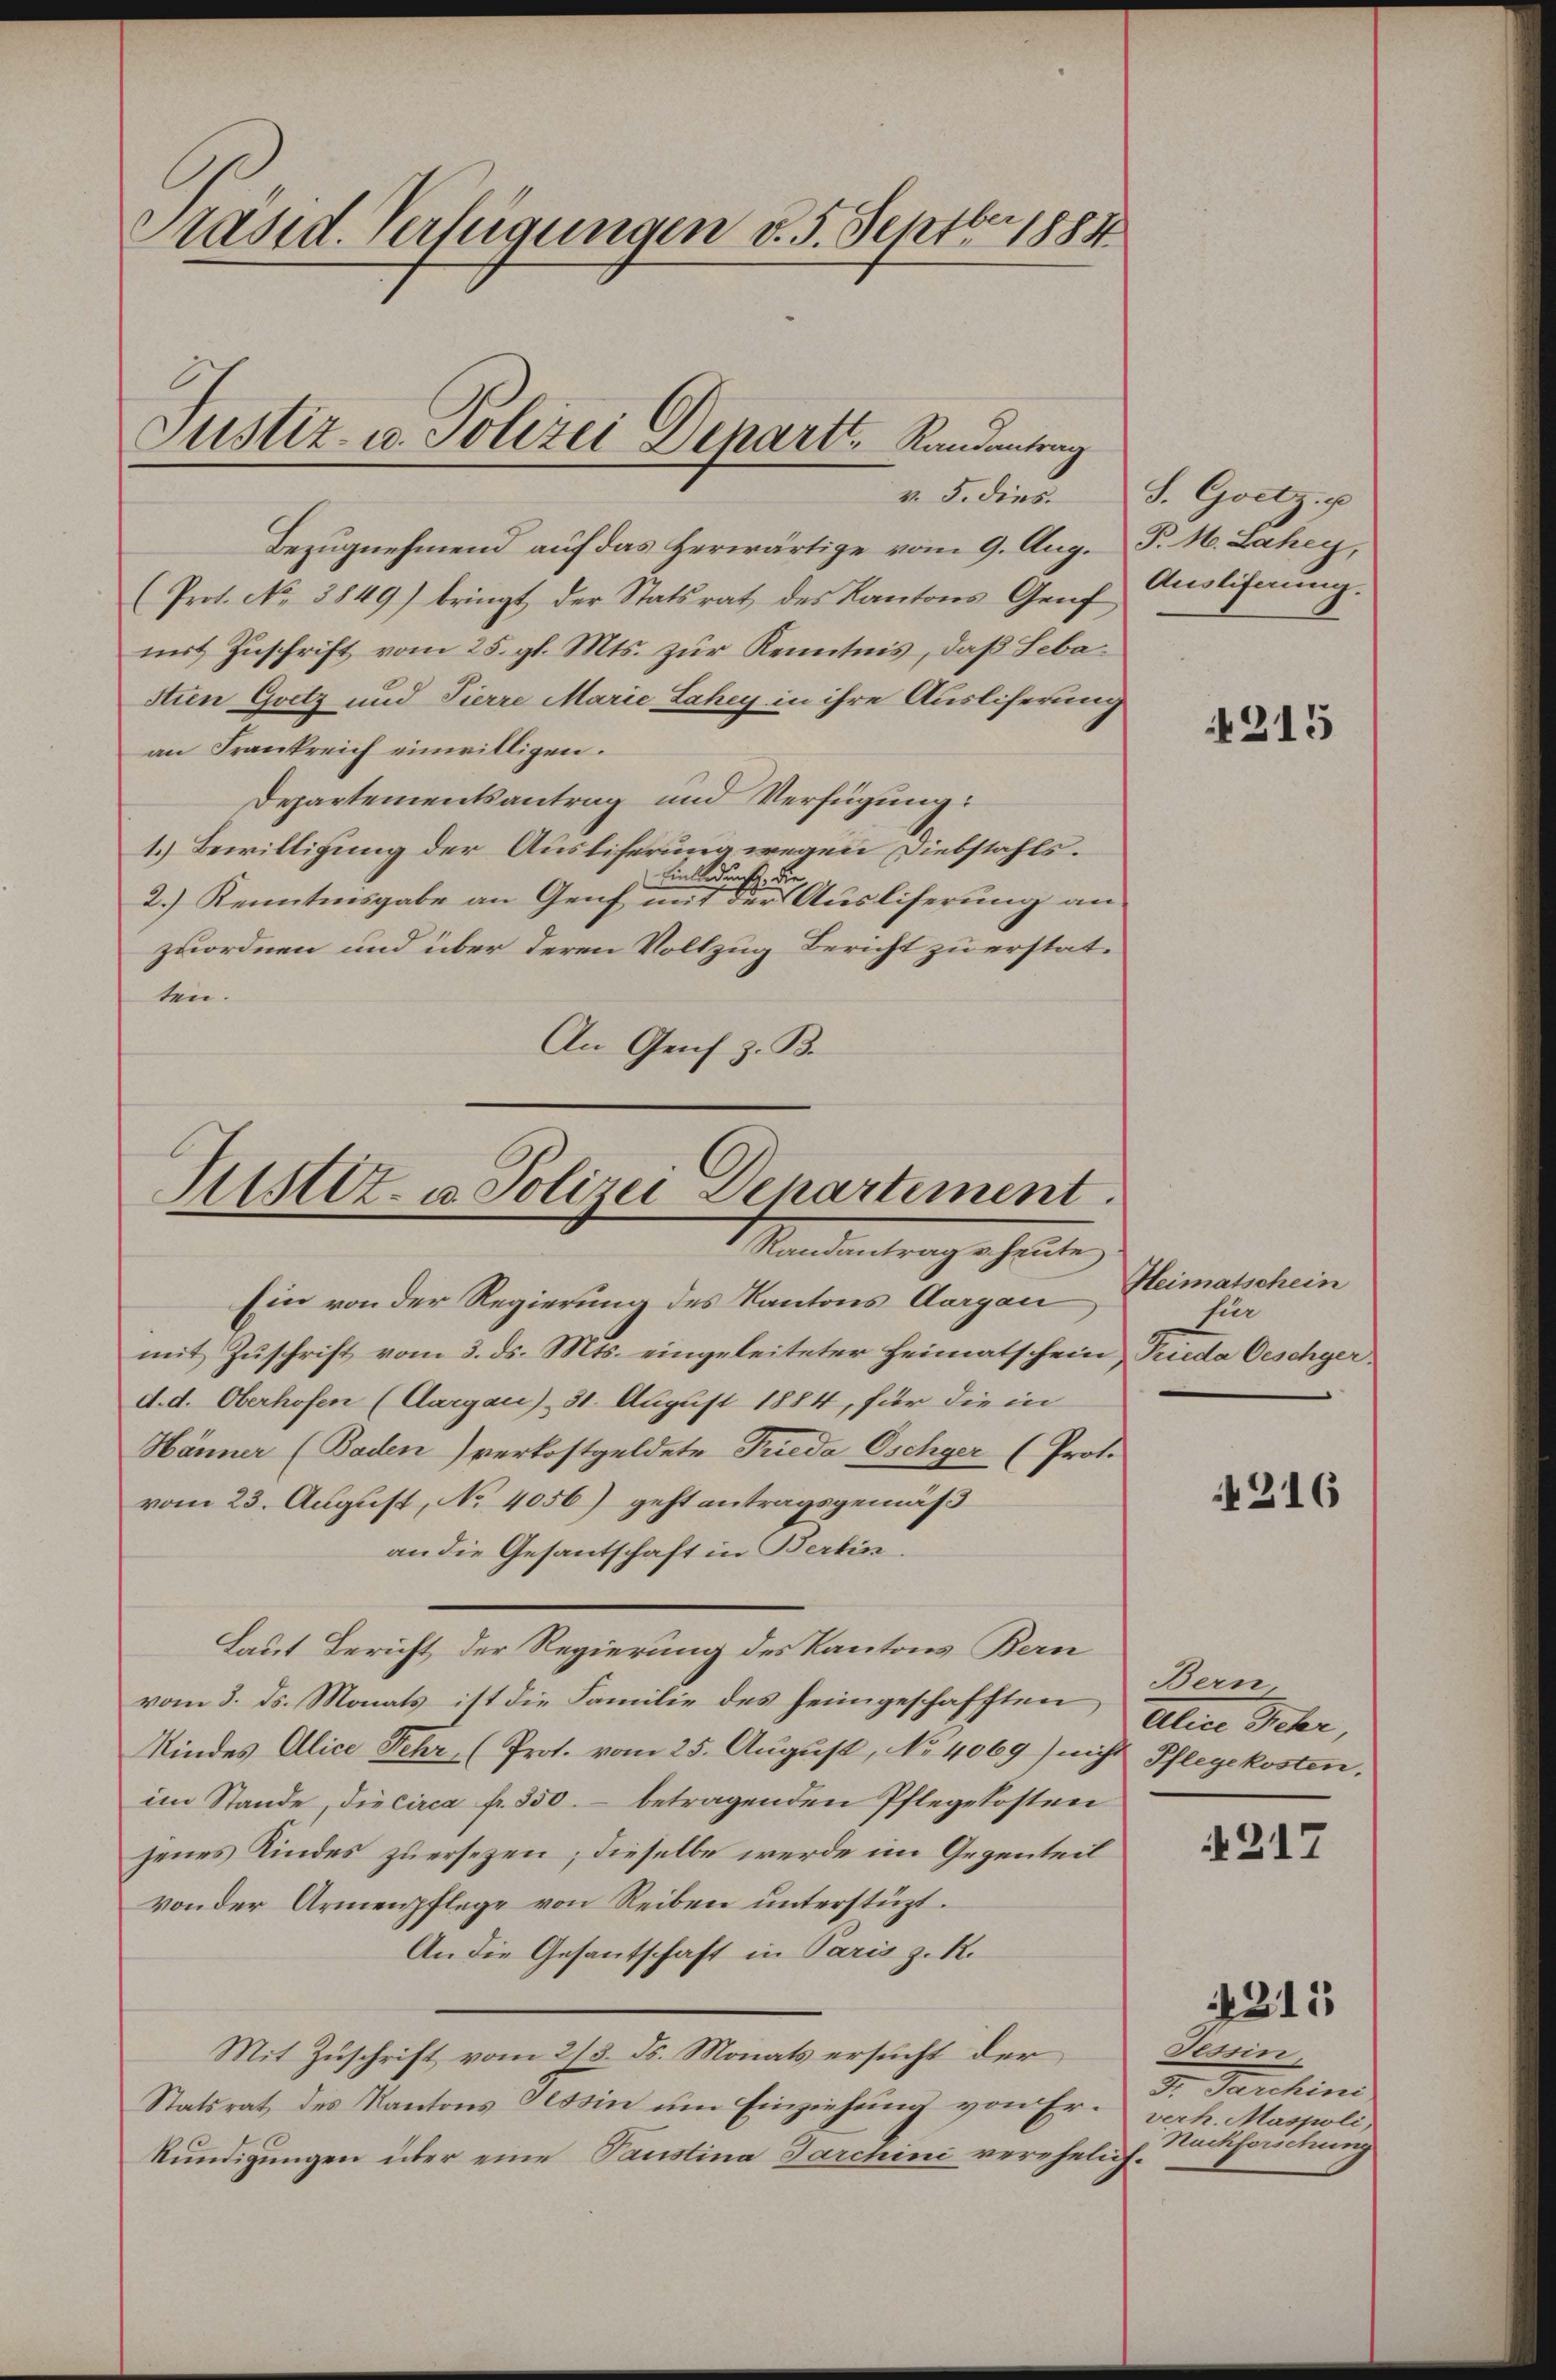
Präsid. Verfügungen d. 5. Septbr 1884
Justiz- u. Polizei Depart, Randentran
v. 5. dies

Bezugnehmend auf das herwärtige vom 9. Aug. P. M. Lahey,
(Prot. No. 3849) bringt der Statsrat des Kantons Genf Auslifnŭng
mit Zŭschrift vom 25. gl. Mts. zŭr Kenntnis, daß Sebastien Goetz und Tierre Marie Lahey in ihre Ausliferung
an Frankreich einwilligen.
Departementsantrag und Verfügung:
1.) Bewilligung der Ausliferung wegen Diebstahls.
Einladung, die
2.) Kenntnisgabe an Genf mit der Ausliferung an
zuordnen und über deren Vollzug Bericht zu erstatten.
An Genf z. B.

Miet- u. Polizei-Departement.
. Mandantengehenten

Ein von der Regierung des Kantons Aargau
mit Zuschrift vom 3. ds. Mts. eingeleiteter Heimatschein Tueda Oeschyerd. d. Oberhofen (Aargau) 31. August 1884, für die in
Hänner (Baden) verkostgeldete Frieda Oschger (Prot.
vom 23. August, No 4056) geht antragsgemäß
an die Gesantschaft in Berlin
Laut Bericht der Regierung des Kantons Kan
vom 3. ds. Monats ist die Familie des heimgeschafften
Kindes Alice Fehr (Prot. vom 25. August, No 4069) nicht Pflegekosten.
im Stande, diecirca fr. 350. betragenden Pflegekosten
jenes Kindes zuersezen; dieselbe werde im Gegenteil
von der Armenpflege von Reiben unterstüzt.
An die Gesantschaft in Paris z. R.
Mit Zuschrift vom 2/3. ds. Monats ersucht der
Statsrat des Kantons Tessin um Einziehung von Erkündigungen über eine Paustina Jarchini verehelich.

S. Goetz. p

215

Heimatschein
für

4216

Bern
Aller Peter,

217

215

Tessin.
d. Paschins
verh. Maspoli,
Nachforschung